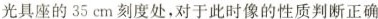
光具座的35cm刻度处，对于此时像的性质判断正确